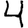
Digit: 4